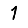
Digit: 1